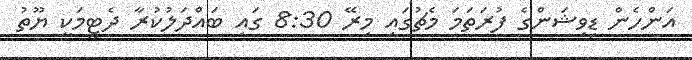
އަންހެން ޑިވިޝަންގެ ފުރަތަމަ މެޗުގައި މިރޭ 8:30 ގައި ބައްދަލުކުރާ ދެޓީމަކީ ޔޫތު